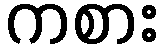
ကစား